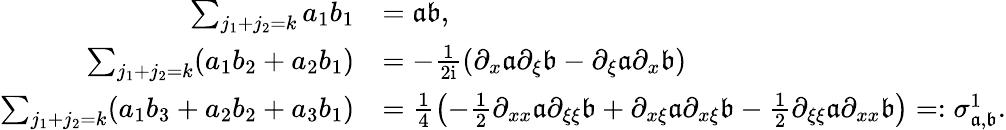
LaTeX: \begin{array}{rl}{\sum_{j_{1}+j_{2}=k}a_{1}b_{1}}&{=\mathfrak{a}\mathfrak{b},}\\ {\sum_{j_{1}+j_{2}=k}(a_{1}b_{2}+a_{2}b_{1})}&{=-\frac{1}{2\mathrm{i}}\left(\partial_{x}\mathfrak{a}\partial_{\xi}\mathfrak{b}-\partial_{\xi}\mathfrak{a}\partial_{x}\mathfrak{b}\right)}\\ {\sum_{j_{1}+j_{2}=k}(a_{1}b_{3}+a_{2}b_{2}+a_{3}b_{1})}&{=\frac{1}{4}\left(-\frac{1}{2}\partial_{xx}\mathfrak{a}\partial_{\xi\xi}\mathfrak{b}+\partial_{x\xi}\mathfrak{a}\partial_{x\xi}\mathfrak{b}-\frac{1}{2}\partial_{\xi\xi}\mathfrak{a}\partial_{xx}\mathfrak{b}\right)=:\sigma_{\mathfrak{a},\mathfrak{b}}^{1}.}\end{array}